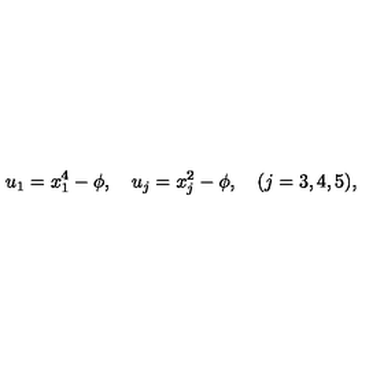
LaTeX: u _ { 1 } = x _ { 1 } ^ { 4 } - \phi , \quad u _ { j } = x _ { j } ^ { 2 } - \phi , \quad ( j = 3 , 4 , 5 ) ,